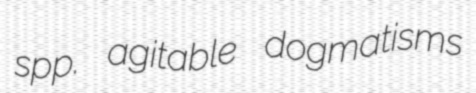
spp. agitable dogmatisms